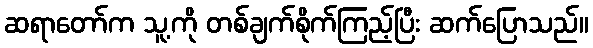
ဆရာတော်က သူ့ကို တစ်ချက်စိုက်ကြည့်ပြီး ဆက်ပြောသည်။